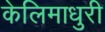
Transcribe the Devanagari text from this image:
केलिमाधुरी